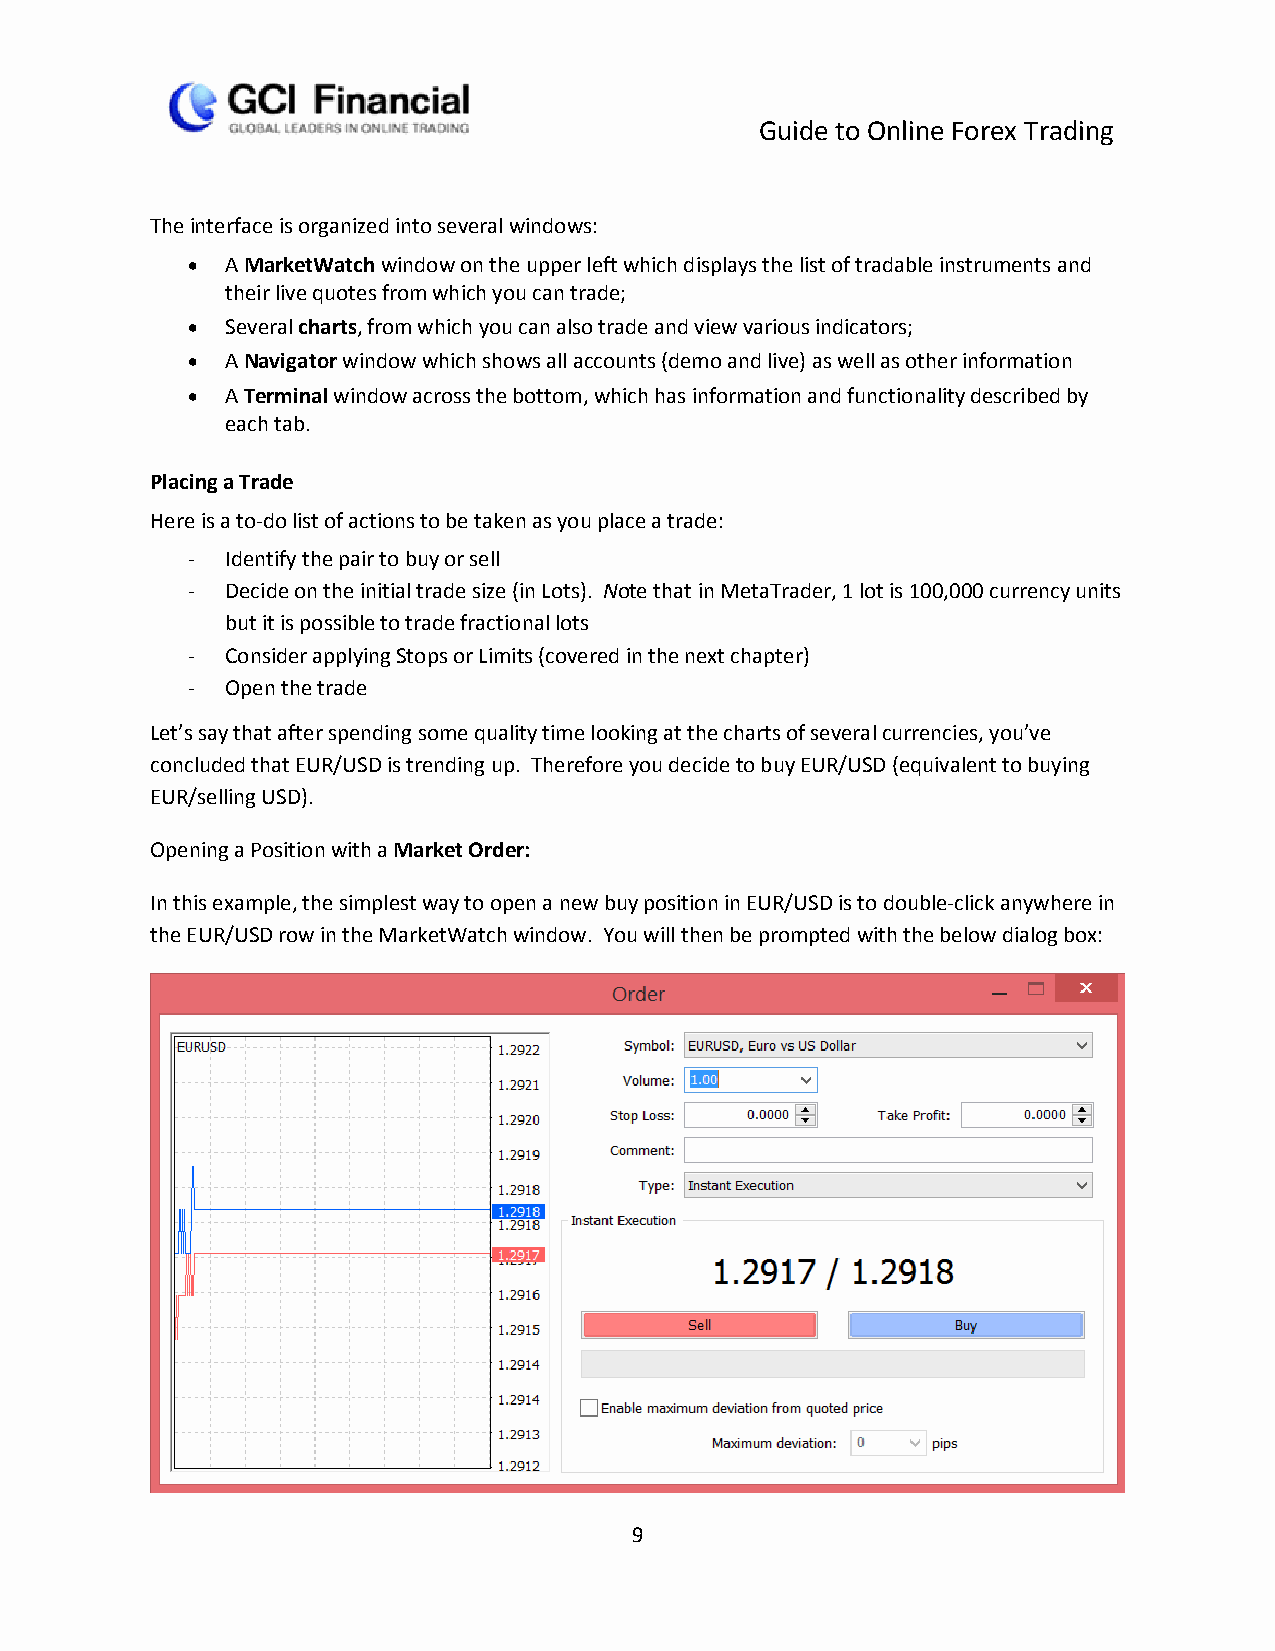
Guide to Online Forex Trading
 The interface is organized into several windows:
   A MarketWatch window on the upper left which displays the list of tradable instruments and
 their live quotes from which you can trade;
   Several charts, from which you can also trade and view various indicators;
   A Navigator window which shows all accounts (demo and live) as well as other information
   A Terminal window across the bottom, which has information and functionality described by
 each tab.
 Placing a Trade
 Here is a to-do list of actions to be taken as you place a trade:
 -  Identify the pair to buy or sell
 -  Decide on the initial trade size (in Lots). Note that in MetaTrader, 1 lot is 100,000 currency units
 but it is possible to trade fractional lots
 -  Consider applying Stops or Limits (covered in the next chapter)
 -  Open the trade
 Let’s say that after spending some quality time looking at the charts of several currencies, you’ve
 concluded that EUR/USD is trending up. Therefore you decide to buy EUR/USD (equivalent to buying
 EUR/selling USD).
 Opening a Position with a Market Order:
 In this example, the simplest way to open a new buy position in EUR/USD is to double-click anywhere in
 the EUR/USD row in the MarketWatch window. You will then be prompted with the below dialog box:
 9